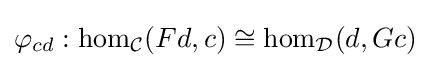
\varphi _{cd}:\mathrm {hom} _{\mathcal {C}}(Fd,c)\cong \mathrm {hom} _{\mathcal {D}}(d,Gc)